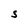
Character: S